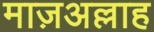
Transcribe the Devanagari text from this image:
माज़अल्लाह